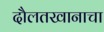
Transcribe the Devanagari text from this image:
दौलतखानाचा